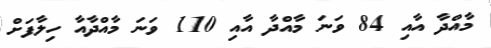
މާއްދާ އާއި 84 ވަނަ މާއްދާ އާއި 110 ވަނަ މާއްދާއާ ހިލާފަށް